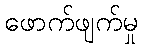
ဖောက်ဖျက်မှု